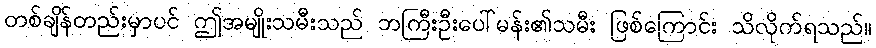
တစ်ချိန်တည်းမှာပင် ဤအမျိုးသမီးသည် ဘကြီးဦးပေါ်မန်း၏သမီး ဖြစ်ကြောင်း သိလိုက်ရသည်။